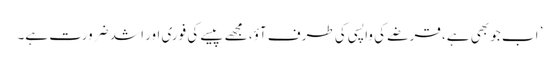
’ اب جو بھی ہے، قرضے کی واپسی کی طرف آؤ، مجھے پیسے کی فوری اور اشد ضرورت ہے۔